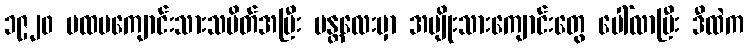
၁၉၂၀ ပထမကျောင်းသားသပိတ်အပြီး မန္တလေးမှာ အမျိုးသားကျောင်းတွေ ပေါ်လာပြီး ဒီထဲက